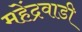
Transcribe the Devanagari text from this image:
महेंद्रवाडी